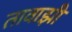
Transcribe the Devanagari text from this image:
तावाझी